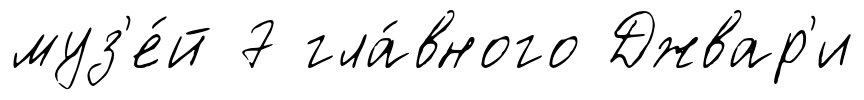
муз'е́й 7 гла́вного Джвар'и